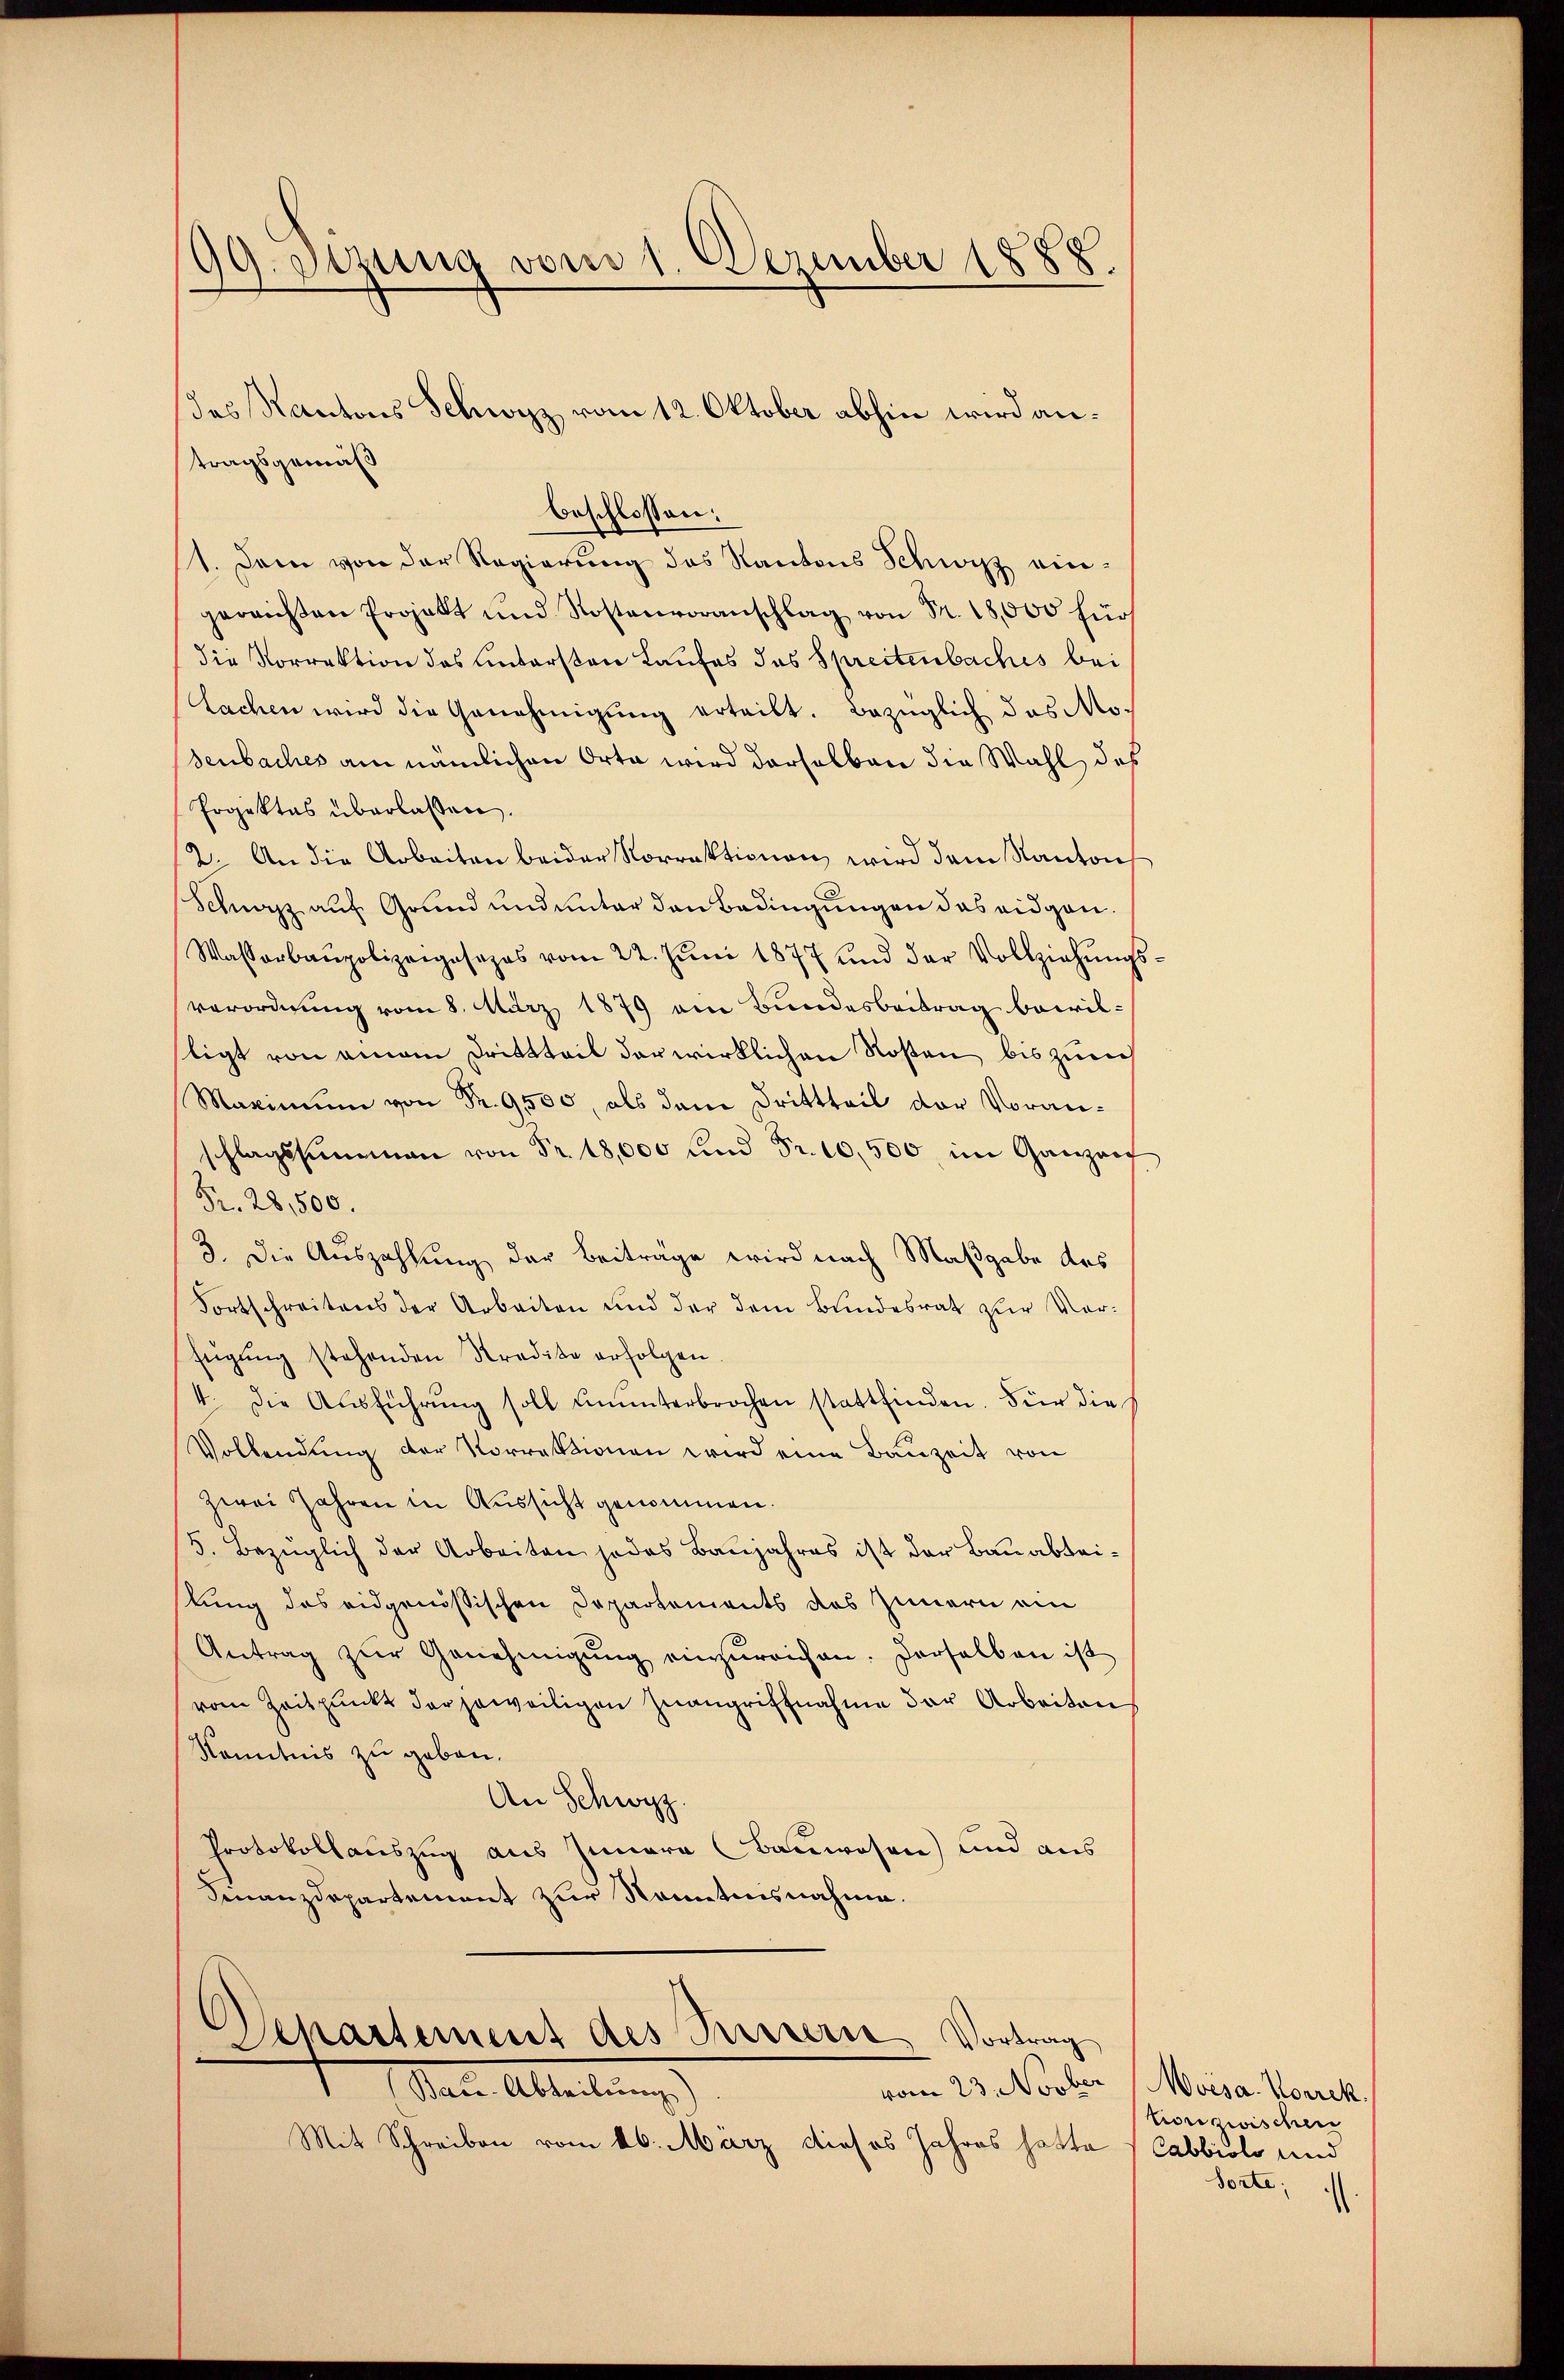
99. Setzung vom 1. Dezember 1888

tragsgemäß
1. Dann von der Regierung des Kantons Schwyz eingerrichten Projekt und Kostenvoranschlag von Fr. 18,000 für
die Korrektion des untersten Laufes das Spreitenbaches bei
Sachen wird die Genehmigung erteilt. Bezüglich das Mo-
senbaches am nämlichen Orta wird derselben die Wahl das
Projektes überlassen.
2. An die Arbeiten beider Korrektionen wird dem Kanton
Schwazz auf Grund und unter den Bedingungen das eidgen.
Wasserbaupolizeigesezes vom 22. Jŭni 1877 und der Vollziehŭngs-
verordnung vom 8. März 1879 am Bundesbeitrag bewilligt von einem Drittteil der wirklichen Rosten bis zurech
Maximum von Fr. 9500, als dem Drittteil der Voranschlagssummen von Fr. 18,000 und Fr. 10,500 im Ganzauf
Fr. 28,500.
3. Die Auszahlung der Beiträge wird nach Maßgabe des
Fortschreitens der Arbeiten und der dem Bundesrat zur Verfügung stehenden Kredite erfolgen
4. Die Aŭsführŭng soll unŭnterbrochen stattfinden. Für die
Vollendŭng der Vorrektionen wird eine Bauzeit von
zwei Jahren in Aussicht genommen.
5. Bezüglich der Arbeiten jedes Baŭjahres ist der Bauabtei-
stung des eidgenössischen Departements des Innern ein
Antrag zŭr Genehmigŭng einzŭreichen. Derselben ist
vom Zeitpunkt der jeweiligen Zwangriffnahme der Arbeiten
Kenntnis zu geben.
An Schwyz.
Protokollauszug aus Innern Bauwesen) und aus
Finanzdepartement zur Kenntnisnahme.

des Kantons Schwyz vom 12. Oktober abhin wird anbeschlossen:

Departement des Seiterne Vortrag
vom 23. Novber
Bau-Abteilung)

Mit Schreiben vom 26. März dieses Jahres hatte

Moisa, Korrek
tion zwischen
Cabbiols und
Torte:
.